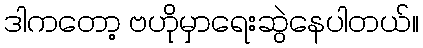
ဒါကတော့ ဗဟိုမှာရေးဆွဲနေပါတယ်။